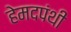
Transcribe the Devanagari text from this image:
हेमदपंथी